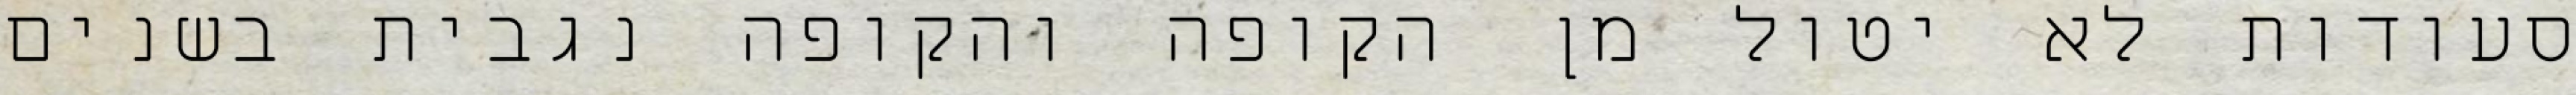
סעודות לא יטול מן הקופה והקופה נגבית בשנים